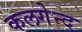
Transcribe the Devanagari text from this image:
कलगेन्द